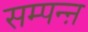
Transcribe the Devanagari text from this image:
सम्पन्ऩ